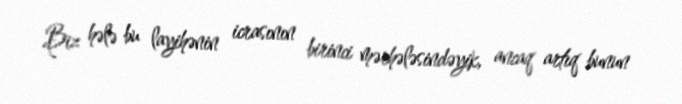
Biz hələ bu layihənin icrasının birinci mərhələsindəyik, ancaq artıq bunun